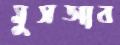
মুসআব